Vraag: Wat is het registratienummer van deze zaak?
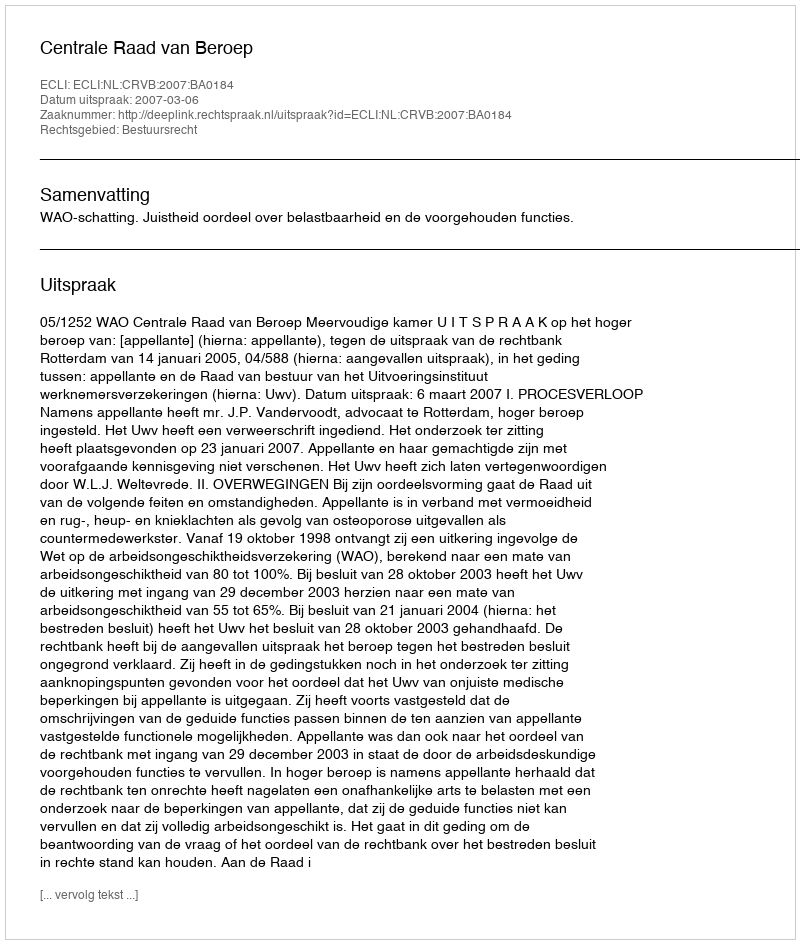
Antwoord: http://deeplink.rechtspraak.nl/uitspraak?id=ECLI:NL:CRVB:2007:BA0184